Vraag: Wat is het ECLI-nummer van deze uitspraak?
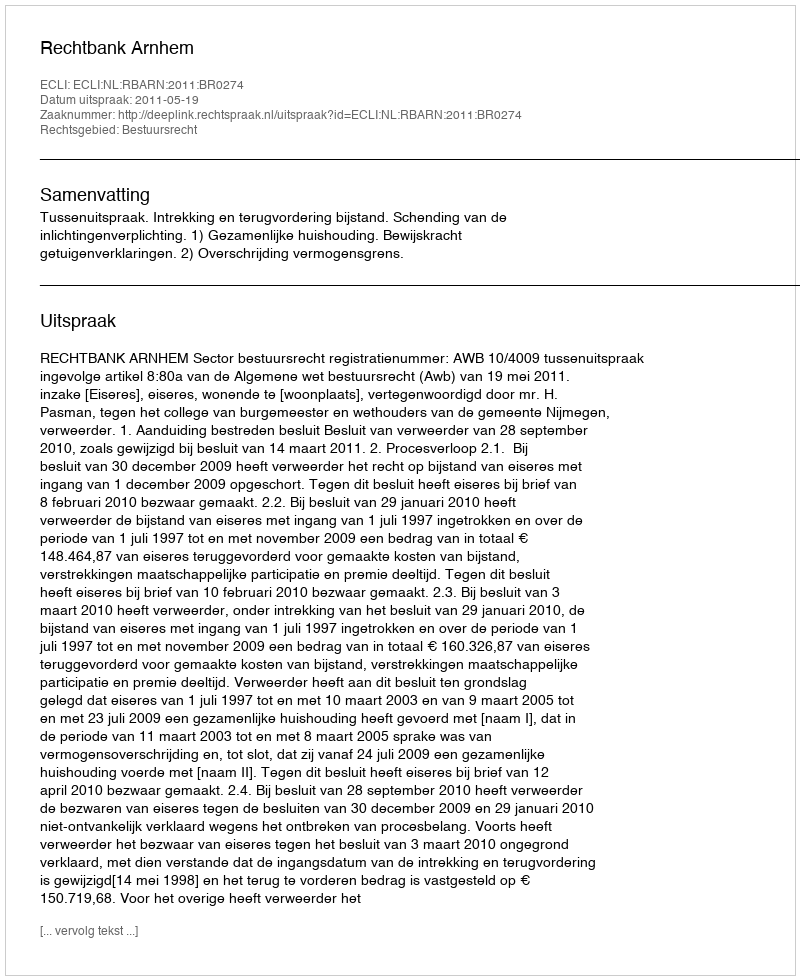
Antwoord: ECLI:NL:RBARN:2011:BR0274